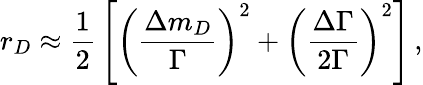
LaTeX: r_{D}\approx{\frac{1}{2}}\left[\left({\frac{\Delta m_{D}}{\Gamma}}\right)^{2}+\left({\frac{\Delta\Gamma}{2\Gamma}}\right)^{2}\right]\, ,